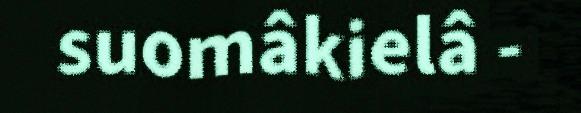
suomâkielâ -